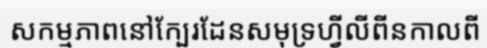
សកម្មភាពនៅក្បែរដែនសមុទ្រហ្វីលីពីនកាលពី